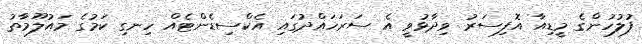
ފުލުހުންގެ މީޑިއާ އޮފިސަރު ވިދާޅުވީ އެ ސަރަހައްދުގައި އެކްސިޑެންޓެއް ހިނގި ކަމުގެ މައުލޫމާތު